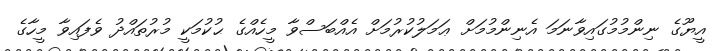
އީޔޫގެ ނިންމުމުގައިވާނަމަ އެނިންމުމަށް ޢަމަލުކުރުމަށް އެއްބަސްވާ މީހެއްގެ ޙުކުމަކީ މުރުތައްދު ވެފައިވާ މީހާގެ